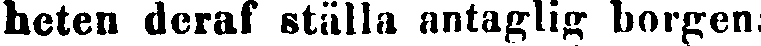
heten deraf ställa antaglig borgen: